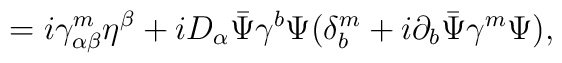
=i\gamma^m_{\alpha\beta}\eta^\beta+iD_\alpha\bar\Psi\gamma^b\Psi(\delta_b^m+i\partial_b\bar\Psi\gamma^m\Psi),